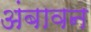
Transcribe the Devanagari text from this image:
अंबावन